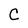
Character: C